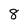
Character: 8